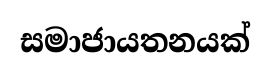
සමාජායතනයක්